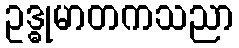
ဥဒ္ဓုမာတကသညာ